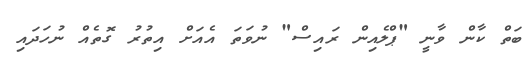
ބަތް ކާން ވާނީ "ޕްލެއިން ރައިސް" ނުވަތަ އެއަށް އިތުރު ގޮތެއް ނުހަދައި